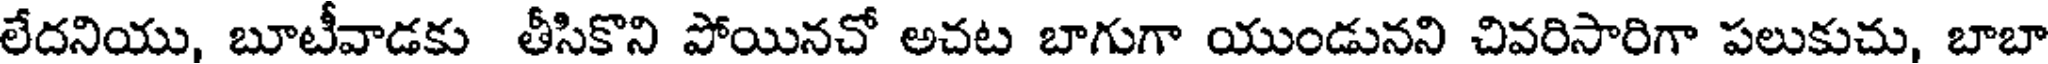
లేదనియు, బూటీవాడకు తీసికొని పోయినచో అచట బాగుగా యుండునని చివరిసారిగా పలుకుచు, బాబా